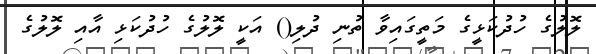
ލޮލުގެ ހުދުކަޅީގެ މަތީގައިވާ ތުނި ދުލި() އަކީ ލޮލުގެ ހުދުކަޅި އާއި ލޮލުގެ